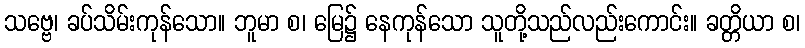
သဗ္ဗေ၊ ခပ်သိမ်းကုန်သော။ ဘူမာ စ၊ မြေ၌ နေကုန်သော သူတို့သည်လည်းကောင်း။ ခတ္တိယာ စ၊